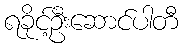
ရခိုင့်ဦးဆောင်ပါတီ